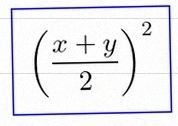
\left(\frac{x+y}{2}\right)^2